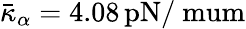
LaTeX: \bar{\kappa}_{\alpha}=4.08\, \mathrm{{pN/\ mum}}